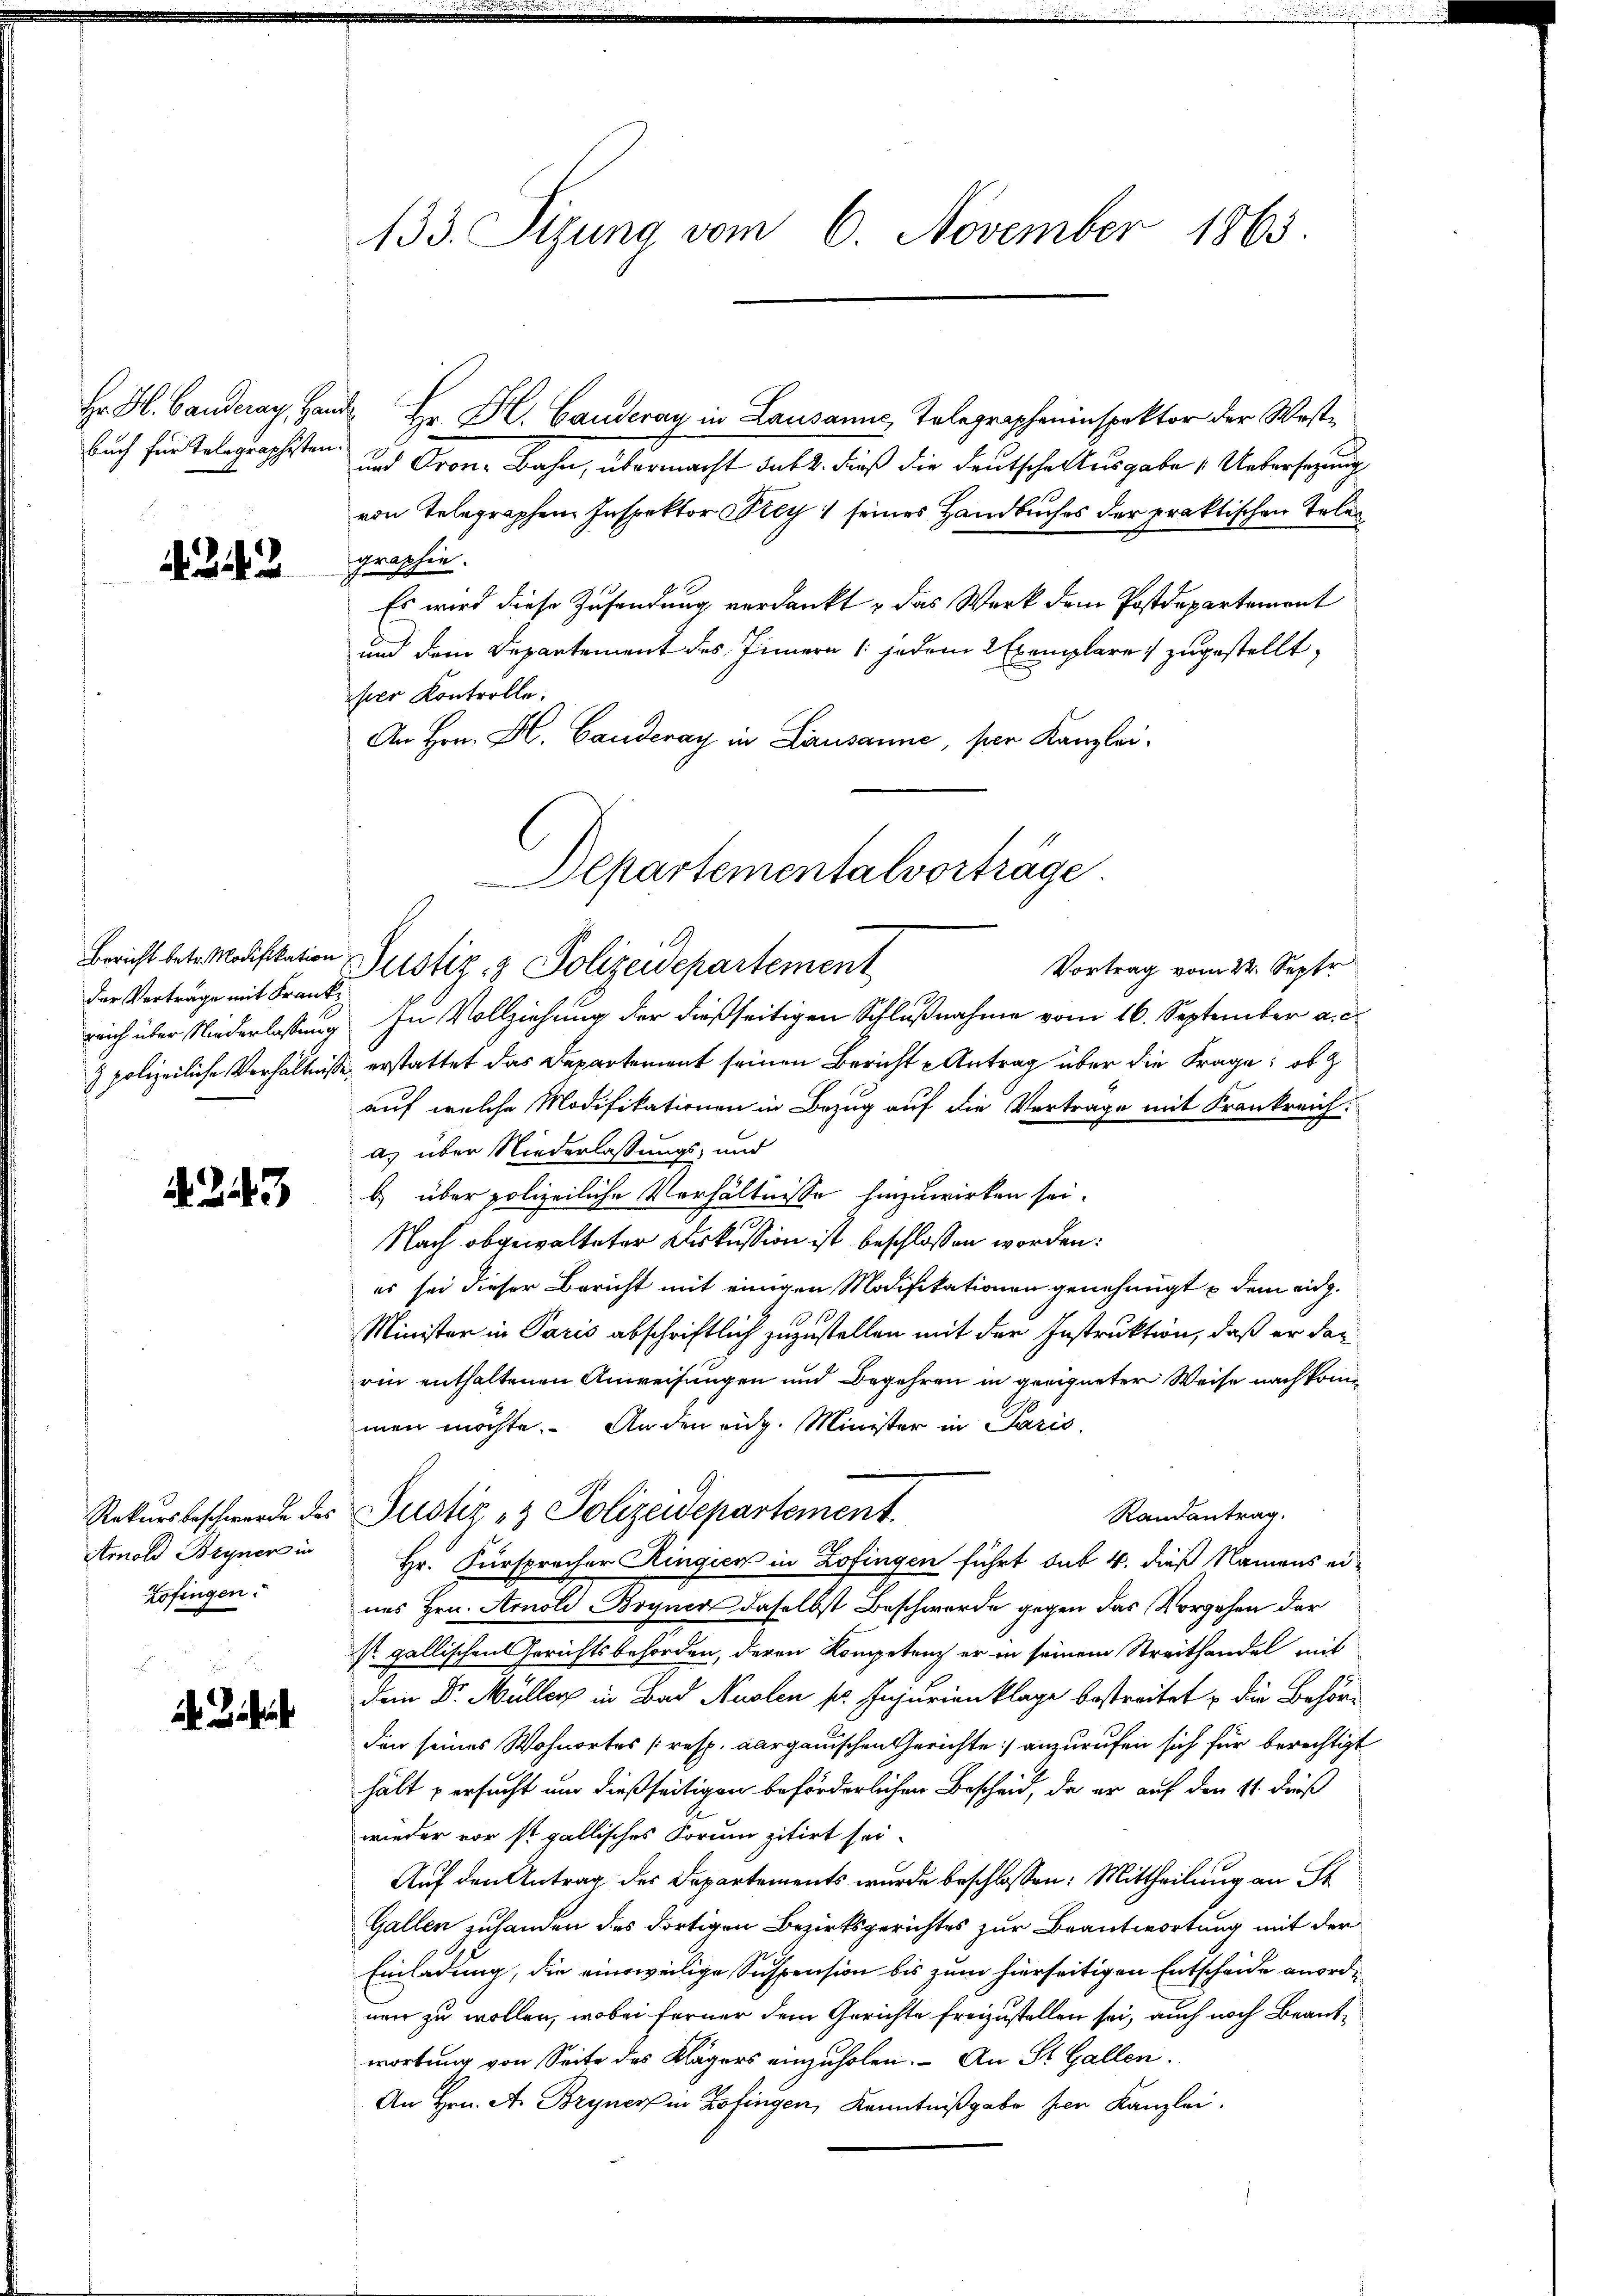
Hr. H. Banderay, Her
buch für Telegraphisten

2

Bericht betr. Modifikation
der Verträge mit Frankreich über Niederlassung
 polizeiliche Verhältniß

23

Rekursbeschwerde des
Arnold Bryner in
Zofingen:

133. Sizung vom 6. November 1863.

d Hr. H. Canderay in Lausanne, Telegrapheninspektor der West¬
und Oron-Bahn, übermacht das 2. dieß die Deutsche Ausgabe  Uebersezung
von Telegraphen Inspektor Krey seines Handbuches der praktischen Telen
graphie.
Es wird diese Zusendung verdankt, das Werk dem Postdepartement
und dem Departement des Innern jedem Exemplare zugestellt,
per Kontrolle.
An Hrn. H. Canderay in Lausanne, per Kanzlei.
Vortrag vom 22. Septr.
In Vollziehung der dießseitigen Schlußnahme vom 16. September a. c.
t erstattet das Departement seinen Bericht - Antrag über die Frage: ob z
auf welche Modifikationen in Bezug auf die Vertrage mit Frankreich:
as über Niederlassungs- und
b) über polizeiliche Verhältnisse hinzuwirken sei.
Nach abgewalteter Diskussion ist beschlossen worden:
es sei dieser Bericht mit einigen Modifikationen genehmigt & dem eidg.
Minister in Paris abschriftlich zuzustellen mit der Instruktion, daß er darrin enthaltenen Anweisungen und Begehren in geeigneter Weise nach kon
men möchte. Anden eidg. Minister in Paris
Justiz- & Polizeidepartement
Randantrag.
Hr. Fürspracher Ringien in Zofingen führt sub 4. dieß Namens eines Hrn. Arnold Bryner daselbst Beschwerde gegen das Vorgehen der
Sr gallischen Gerichtsbehörden, deren Kompetenz er in seinem Streithandel mit
Dein Dr. Müller in Bad Nuolen sr. Injurienklage bestreitet u die Behörden seines Wohnortes [resp. aargauischen Gerichte) anzurufen sich für berechtigt
hält versucht und dießseitigen beförderlichen Bescheid, da er auf den 11. dieß
wieder vor ist gallisches Forum zitirt sei.
Auf den Antrag des Departements wurde beschlossen: Mittheilung an St
Gallen zuhanden des dortigen Bezirksgerichtes zur Beantwortung mit der
Einladung, die einweilige Suspension bis zum hierseitigen Entscheide anordinen zu wollen, wobei ferner dem Gerichte freizustellen sei, auch noch Beantwortung von Seite des Klägers einzuholen. An St. Gallen.
An Hrn. A. Bryner in Zofingen, Kenntnißgabe hier Kanzlei.

Departementalvorträge
Justiz- & Polizeidepartement